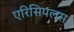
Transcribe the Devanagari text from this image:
एरिसिपलस